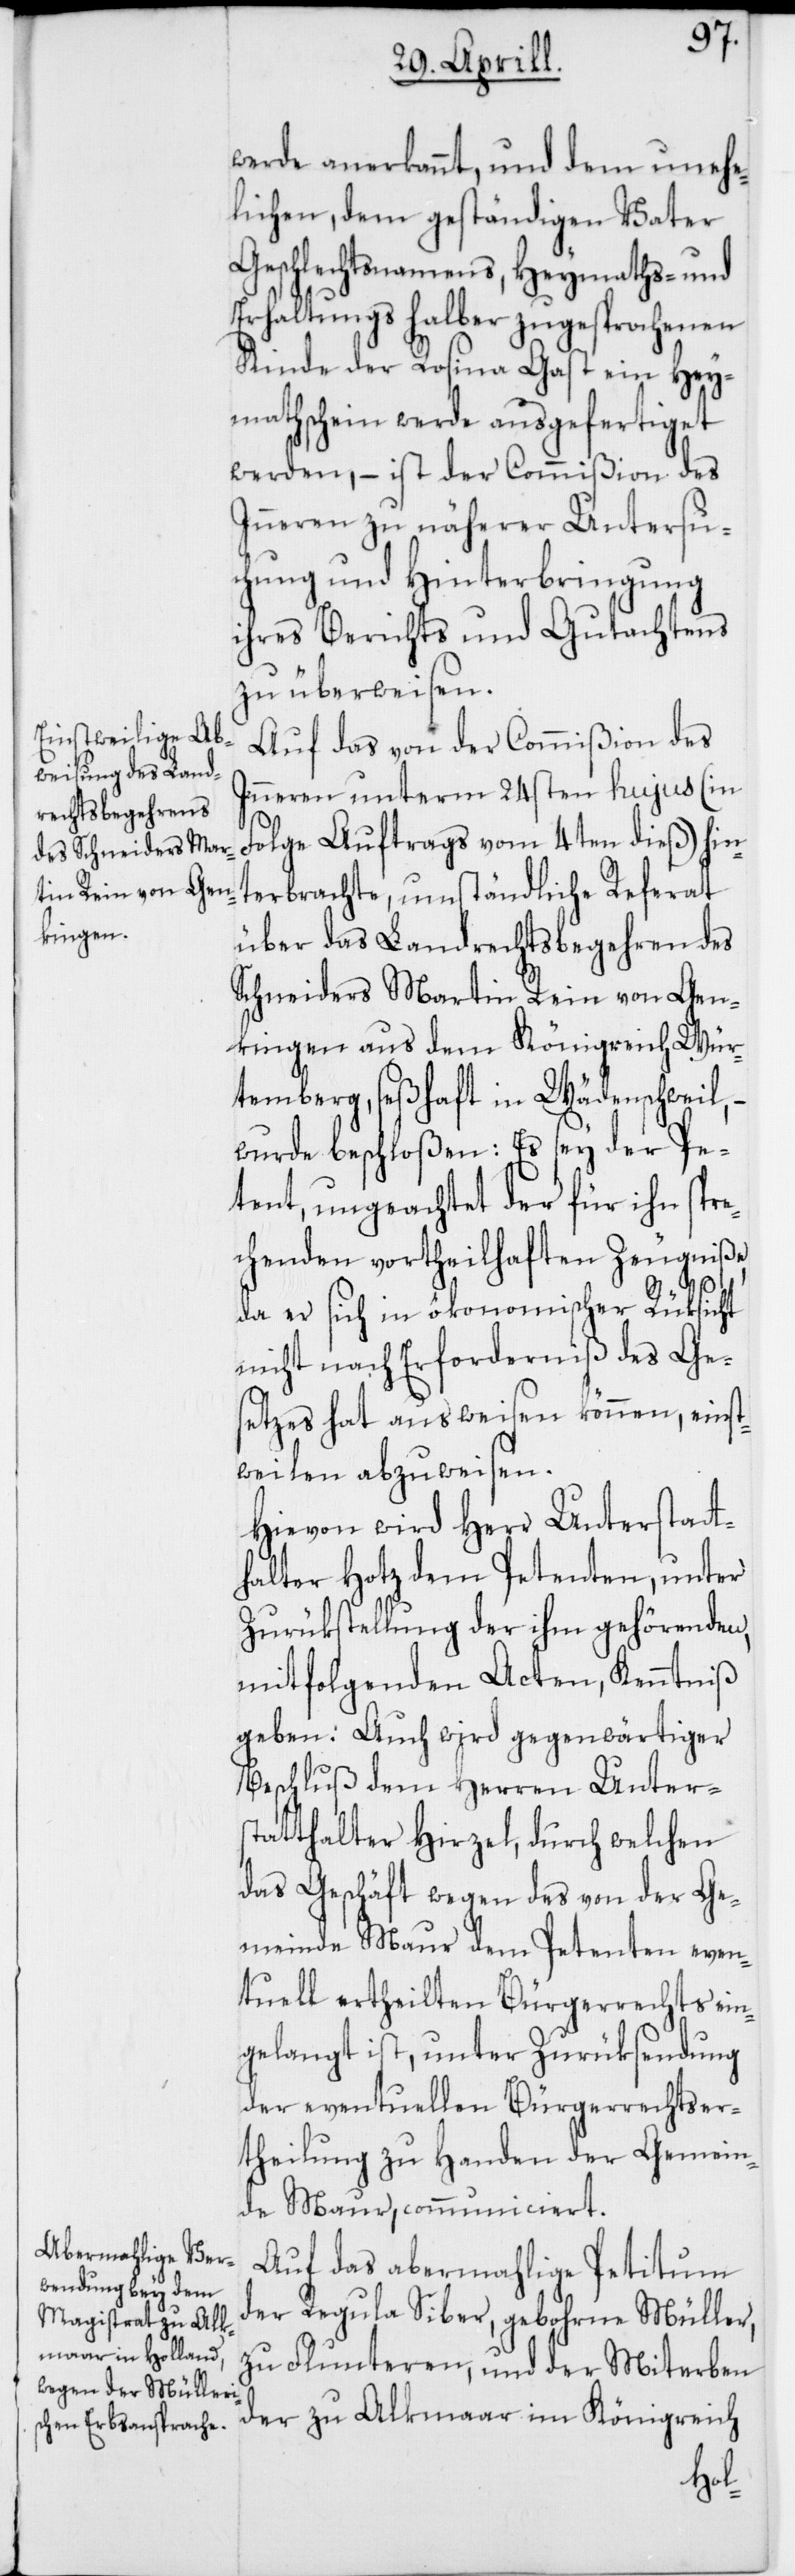
werde anerkannt, und dem unehe¬
lichen, dem geständigen Vater
Geschlechtsnamens, Heymaths- und
Erhaltungs halber zugesprochenen
Kinde der Rosina Gast ein Hey¬
mathschein werde ausgefertiget
werden, – ist der Commißion des
Inneren zu näherer Untersu¬
chung und Hinterbringung
ihre Berichts und Gutachtens
zu überweisen.
Auf das von der Commißion des
Inneren unterm 24sten hujus (in
Folge Auftrags vom 4ten dieß) hin¬
terbrachte umständliche Referath
über das Landrechtsbegehren des
Schneiders Martin Rein von Gen¬
kingen, aus dem Königreich Wür¬
temberg, seßhaft in Wädenschweil,
wurde beschloßen: Es sey der Pe¬
tent, ungeachtet der für ihn spre¬
chenden vortheilhaften Zeugniße,
da er sich in ökonomischer Rüksicht
nicht nach Erforderniß des Ge¬
setzes hat ausweisen können, einst¬
weilen abzuweisen.
Hievon wird Herr Unterstatt¬
halter Hotz dem Petenten, unter
Zurükstellung der ihm gehörenden,
mitfolgenden Acten, Kenntniß
geben: Auch wird gegenwärtiger
Beschluß dem Herren Unters¬
tatthalter Hirzel, durch welchen
das Geschäft wegen des von der Ge¬
meinde Maur dem Petenten even¬
tuell ertheilten Bürgerrechts ein¬
gelangt ist, unter Zurüksendung
der eventuellen Bürgerrechtser¬
theilung zu Handen der Gemein¬
de Maur, communiciert.
Auf das abermahlige Petitum
der Regula Siber gebohrne Müller,
zu Fluntern, und der Miterben
der zu Alkmaar im Königreich